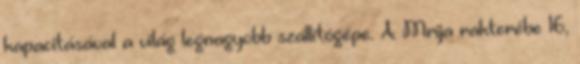
kapacitásával a világ legnagyobb szállítógépe. A Mrija rakterébe 16,